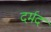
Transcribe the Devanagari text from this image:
दर्मद